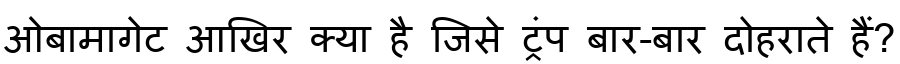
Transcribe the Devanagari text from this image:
ओबामागेट आखिर क्या है जिसे ट्रंप बार-बार दोहराते हैं?